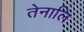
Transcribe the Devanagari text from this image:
तेनालि